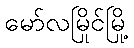
မော်လမြိုင်မြို့